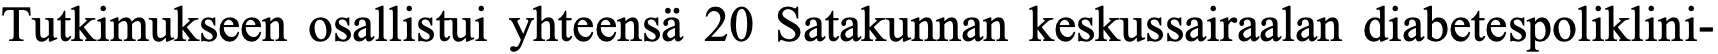
Tutkimukseen osallistui yhteensä 20 Satakunnan keskussairaalan diabetespoliklini-